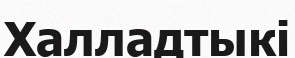
Халладтыкі